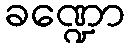
ခဏ္ဍော